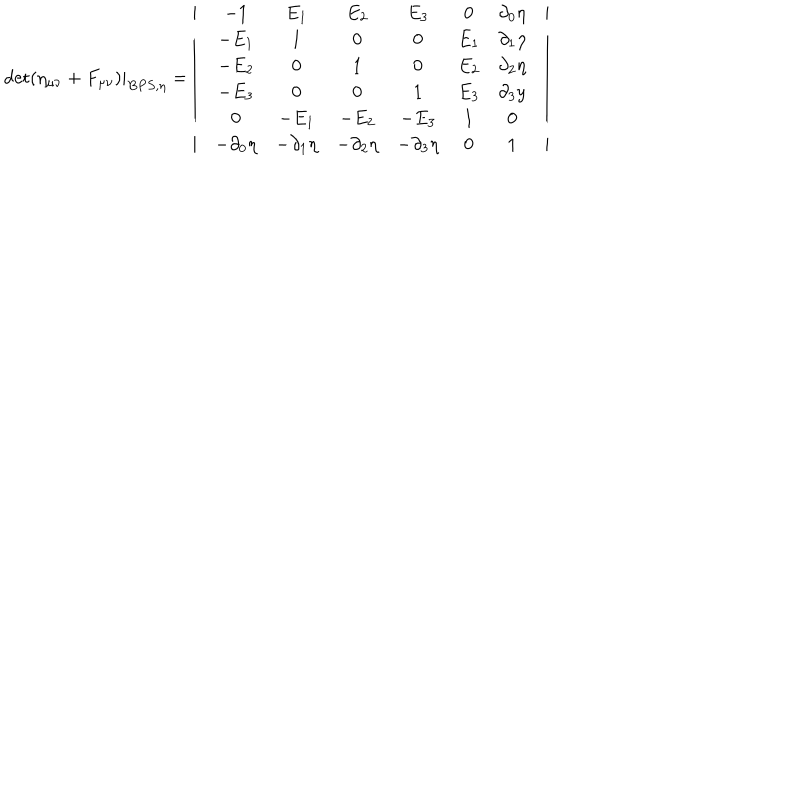
LaTeX: { \det ( \eta _ { \mu \nu } + F _ { \mu \nu } ) | } _ { B P S , \eta } = \left| \begin{array} { c } { { \begin{array} { c c } { { \begin{array} { c c c } { { \begin{array} { c c c c } { { \begin{array} { c c c c c } { { \begin{array} { c c c c c c } { { - 1 } } & { { E _ { 1 } } } & { { E _ { 2 } } } & { { E _ { 3 } } } & { { 0 } } & { { \partial _ { 0 } \eta } } \\ { { - E _ { 1 } } } & { { 1 } } & { { 0 } } & { { 0 } } & { { E _ { 1 } } } & { { \partial _ { 1 } \eta } } \\ { { - E _ { 2 } } } & { { 0 } } & { { 1 } } & { { 0 } } & { { E _ { 2 } } } & { { \partial _ { 2 } \eta } } \\ { { - E _ { 3 } } } & { { 0 } } & { { 0 } } & { { 1 } } & { { E _ { 3 } } } & { { \partial _ { 3 } y } } \\ { { 0 } } & { { - E _ { 1 } } } & { { - E _ { 2 } } } & { { - E _ { 3 } } } & { { 1 } } & { { 0 } } \\ { { - \partial _ { 0 } \eta } } & { { - \partial _ { 1 } \eta } } & { { - \partial _ { 2 } \eta } } & { { - \partial _ { 3 } \eta } } & { { 0 } } & { { 1 } } \\ \end{array} } } \\ \end{array} } } \\ \end{array} } } \\ \end{array} } } \\ \end{array} } } \\ \end{array} \right|